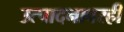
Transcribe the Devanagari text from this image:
उत्पादनावरही